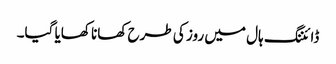
ڈائننگ ہال میں روز کی طرح کھانا کھایا گیا۔